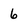
Character: 6